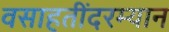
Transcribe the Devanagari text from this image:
वसाहतींदरम्यान